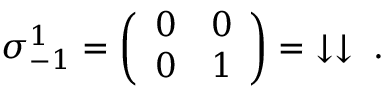
{ \boldsymbol { \sigma } } _ { - 1 } ^ { 1 } = { \left( \begin{array} { l l } { 0 } & { 0 } \\ { 0 } & { 1 } \end{array} \right) } = \; \downarrow \downarrow \; .